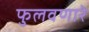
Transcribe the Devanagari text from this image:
फुलवणारे